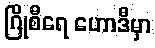
ဂြိုစီရေ ဟောဒီမှာ